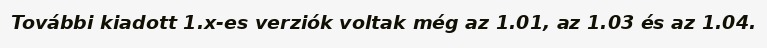
További kiadott 1.x-es verziók voltak még az 1.01, az 1.03 és az 1.04.